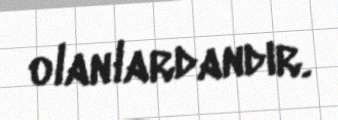
olanlardandır.